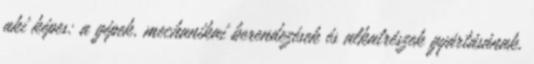
aki képes: a gépek, mechanikai berendezések és alkatrészek gyártásának,